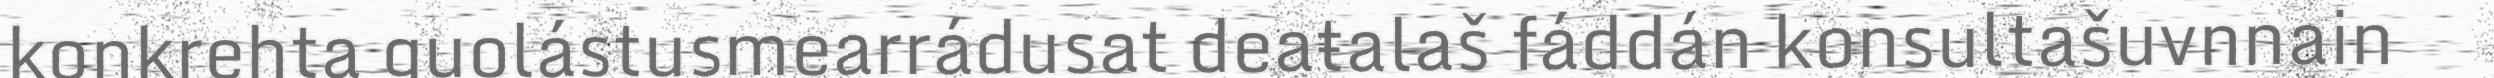
konkrehta guolástusmearrádusat deaŧalaš fáddán konsultašuvnnain